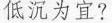
低沉为宜?